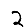
Digit: 2